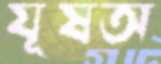
যূষঅ